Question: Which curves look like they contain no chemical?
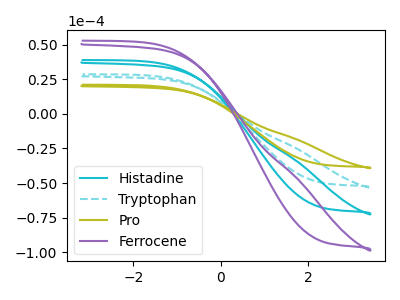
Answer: <think>The cyan curve "Histadine" has no peaks. The cyan dashed curve "Tryptophan" has no peaks. The olive curve "Pro" has no peaks. The purple curve "Ferrocene" has no peaks.</think>
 <answer>"Histadine", "Tryptophan", "Pro" and "Ferrocene" are likely to be blanks.</answer>
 <eval>"Histadine", "Tryptophan", "Pro", "Ferrocene"</eval>